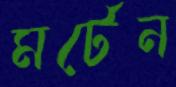
মর্টেন